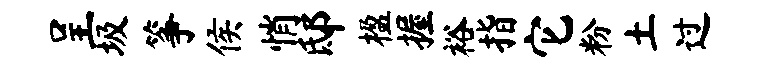
呈圾筝侯悄邸楹握裕指它粉土过